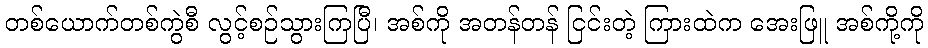
တစ်ယောက်တစ်ကွဲစီ လွင့်စဉ်သွားကြပြီ၊ အစ်ကို အတန်တန် ငြင်းတဲ့ ကြားထဲက အေးဖြူ အစ်ကို့ကို